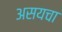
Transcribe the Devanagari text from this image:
असयचा